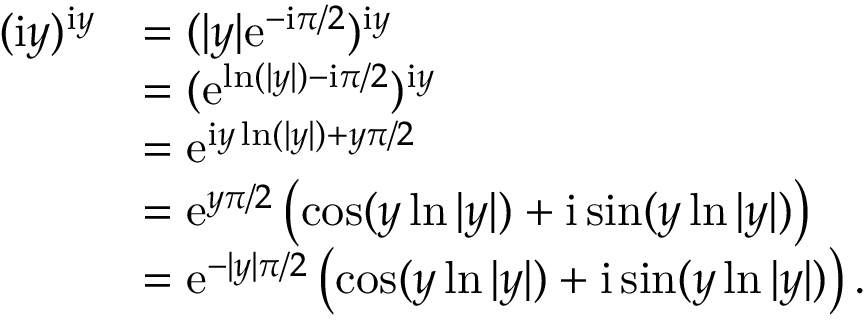
\begin{array} { r l } { ( \mathrm { i } y ) ^ { \mathrm { i } y } } & { = ( | y | \mathrm { e } ^ { - \mathrm { i } \pi / 2 } ) ^ { \mathrm { i } y } } \\ & { = ( \mathrm { e } ^ { \ln ( | y | ) - \mathrm { i } \pi / 2 } ) ^ { \mathrm { i } y } } \\ & { = \mathrm { e } ^ { \mathrm { i } y \ln ( | y | ) + y \pi / 2 } } \\ & { = \mathrm { e } ^ { y \pi / 2 } \left( \cos ( y \ln | y | ) + \mathrm { i } \sin ( y \ln | y | ) \right) } \\ & { = \mathrm { e } ^ { - | y | \pi / 2 } \left( \cos ( y \ln | y | ) + \mathrm { i } \sin ( y \ln | y | ) \right) \mathrm { . } } \end{array}